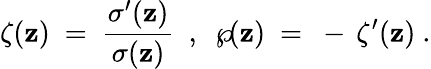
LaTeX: \zeta(\mathbf{z})~=~{\frac{{\sigma^{\prime}(\mathbf{z})}}{{\sigma(\mathbf{z})}}}~~,~~\wp\! (\mathbf{z})~=~-\, \zeta^{\prime}(\mathbf{z})~.